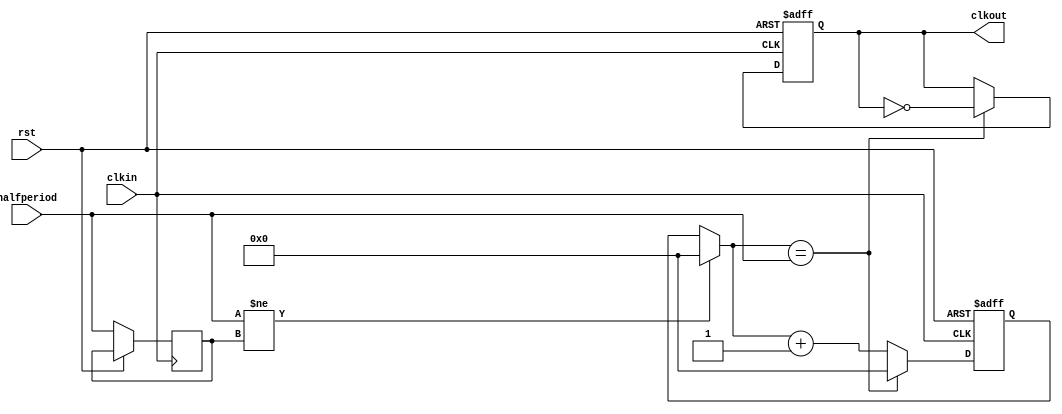
// ---------------------------------------------------------------------------
//
// Clockdivider
//
//	
//
// Written by Chris van Dongen/SMDprutser for the buspirate NextGen Ultra
// SPI info here: https://en.wikipedia.org/wiki/Serial_Peripheral_Interface
//
// ---------------------------------------------------------------------------



module clockdiv (
rst,					// reset
clkin,					// clock in
clkout,					// clock out
halfperiod				// #ticks in half period
);

input rst;
input clkin;
output reg clkout;
input [16:0] halfperiod;

reg [16:0] count;
reg [16:0] lasthalfperiod;

always @ (posedge clkin or posedge rst)
if (rst)
begin
	count = 16'b0000000000000000;
	clkout = 1'b0;
end
else
begin
	if (halfperiod != lasthalfperiod)		// reset count if period has changed
		count = 16'b0;
		
	lasthalfperiod = halfperiod;

	if (count == halfperiod)				// flip clock after halfperiod clocks
	begin
		count = 16'b0000000000000000;
		clkout = ~clkout;
	end
	else
	begin
		count = count + 1'b1;
	end
end

endmodule